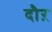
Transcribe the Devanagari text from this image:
दौऱ